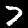
Label: 7